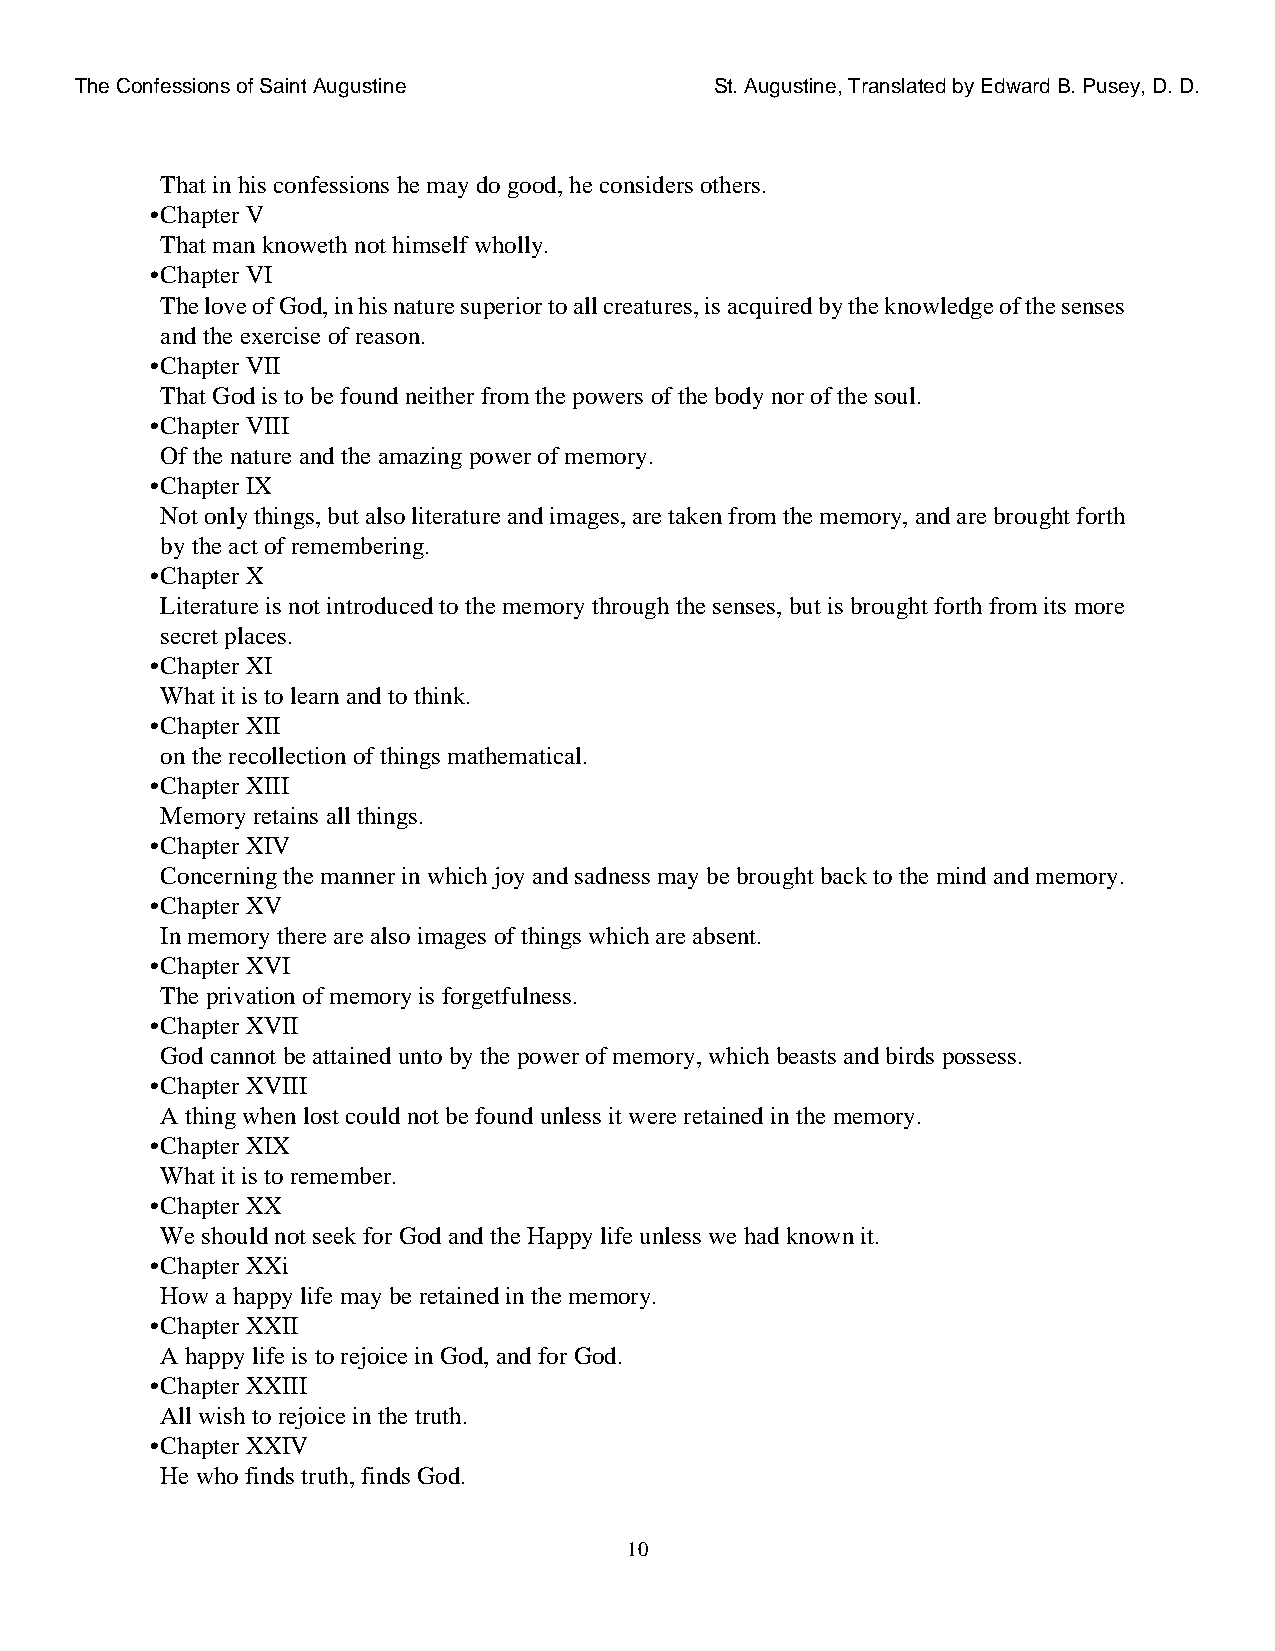
The Confessions of Saint Augustine        St. Augustine, Translated by Edward B. Pusey, D. D.
 That in his confessions he may do good, he considers others.
 •Chapter V
 That man knoweth not himself wholly.
 •Chapter VI
 The love of God, in his nature superior to all creatures, is acquired by the knowledge of the senses
 and the exercise of reason.
 •Chapter VII
 That God is to be found neither from the powers of the body nor of the soul.
 •Chapter VIII
 Of the nature and the amazing power of memory.
 •Chapter IX
 Not only things, but also literature and images, are taken from the memory, and are brought forth
 by the act of remembering.
 •Chapter X
 Literature is not introduced to the memory through the senses, but is brought forth from its more
 secret places.
 •Chapter XI
 What it is to learn and to think.
 •Chapter XII
 on the recollection of things mathematical.
 •Chapter XIII
 Memory retains all things.
 •Chapter XIV
 Concerning the manner in which joy and sadness may be brought back to the mind and memory.
 •Chapter XV
 In memory there are also images of things which are absent.
 •Chapter XVI
 The privation of memory is forgetfulness.
 •Chapter XVII
 God cannot be attained unto by the power of memory, which beasts and birds possess.
 •Chapter XVIII
 A thing when lost could not be found unless it were retained in the memory.
 •Chapter XIX
 What it is to remember.
 •Chapter XX
 We should not seek for God and the Happy life unless we had known it.
 •Chapter XXi
 How a happy life may be retained in the memory.
 •Chapter XXII
 A happy life is to rejoice in God, and for God.
 •Chapter XXIII
 All wish to rejoice in the truth.
 •Chapter XXIV
 He who finds truth, finds God.
 10